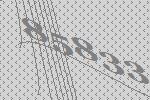
85833